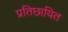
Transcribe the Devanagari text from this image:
प्रतिछायित